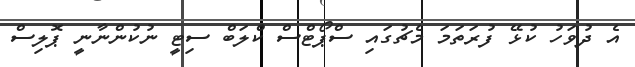
އެ ދުވަހު ކުޅޭ ފުރަތަމަ މެޗުގައި ސްޕޯޓްސް ކްލަބް ސިޓީ ނުކުންނާނީ ޕޮލިސް